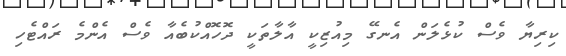
ކިރިޔާ ވެސް ކުޅެލަން އެނގޭ މިއުޒިކީ އާލާތަކީ ދޮހޮއްކުބެއާ ވެސް އެންމެ ރައްޓެހި